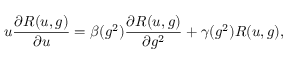
u \frac { \partial R ( u , g ) } { \partial u } = \beta ( g ^ { 2 } ) \frac { \partial R ( u , g ) } { \partial g ^ { 2 } } + \gamma ( g ^ { 2 } ) R ( u , g ) ,